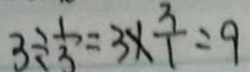
3 \div \frac { 1 } { 3 } = 3 \times \frac { 3 } { 1 } = 9